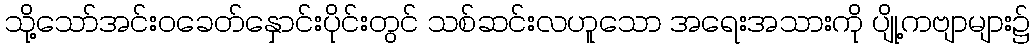
သို့သော်အင်းဝခေတ်နှောင်းပိုင်းတွင် သစ်ဆင်းလဟူသော အရေးအသားကို ပျို့ကဗျာများ၌